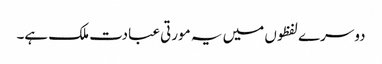
دوسرے لفظوں میں یہ مورتی عبادت ملک ہے۔